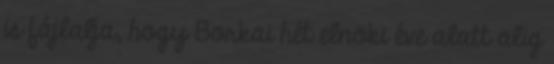
is fájlalja, hogy Borkai hét elnöki éve alatt alig